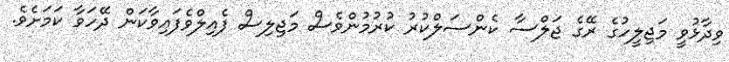
ވިދާޅުވީ މަޖިލީހުގެ ރޭގެ ޖަލްސާ ކެންސަލްކުރު ކުރުމުންވެސް މަޖިލިސް ފެއިލްވެފައިވާކަން ދޭހަވާ ކަމަށެވެ.